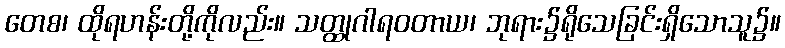
တေစ၊ ထိုရဟန်းတို့ကိုလည်း။ သတ္ထုဂါရဝတာယ၊ ဘုရား၌ရိုသေခြင်းရှိသောသူ၌။